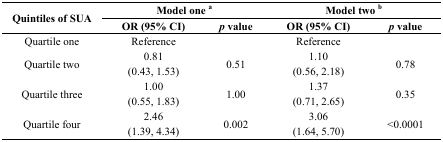
| <ROWSPAN=2> Quintiles of SUA | <COLSPAN=2> Model one a | <COLSPAN=2> Model two b |
 | OR (95% CI) | p value | OR (95% CI) | p value |
 | --- | --- | --- | --- | --- |
 | Quartile one | Reference |  | Reference |  |
 | <ROWSPAN=2> Quartile two | 0.81 | <ROWSPAN=2> 0.51 | 1.10 | <ROWSPAN=2> 0.78 |
 | (0.43, 1.53) | (0.56, 2.18) |
 | <ROWSPAN=2> Quartile three | 1.00 | <ROWSPAN=2> 1.00 | 1.37 | <ROWSPAN=2> 0.35 |
 | (0.55, 1.83) | (0.71, 2.65) |
 | <ROWSPAN=2> Quartile four | 2.46 | <ROWSPAN=2> 0.002 | 3.06 | <ROWSPAN=2> <0.0001 |
 | (1.39, 4.34) | (1.64, 5.70) |